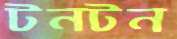
টনটন